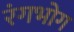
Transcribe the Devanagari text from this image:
रंगभोग